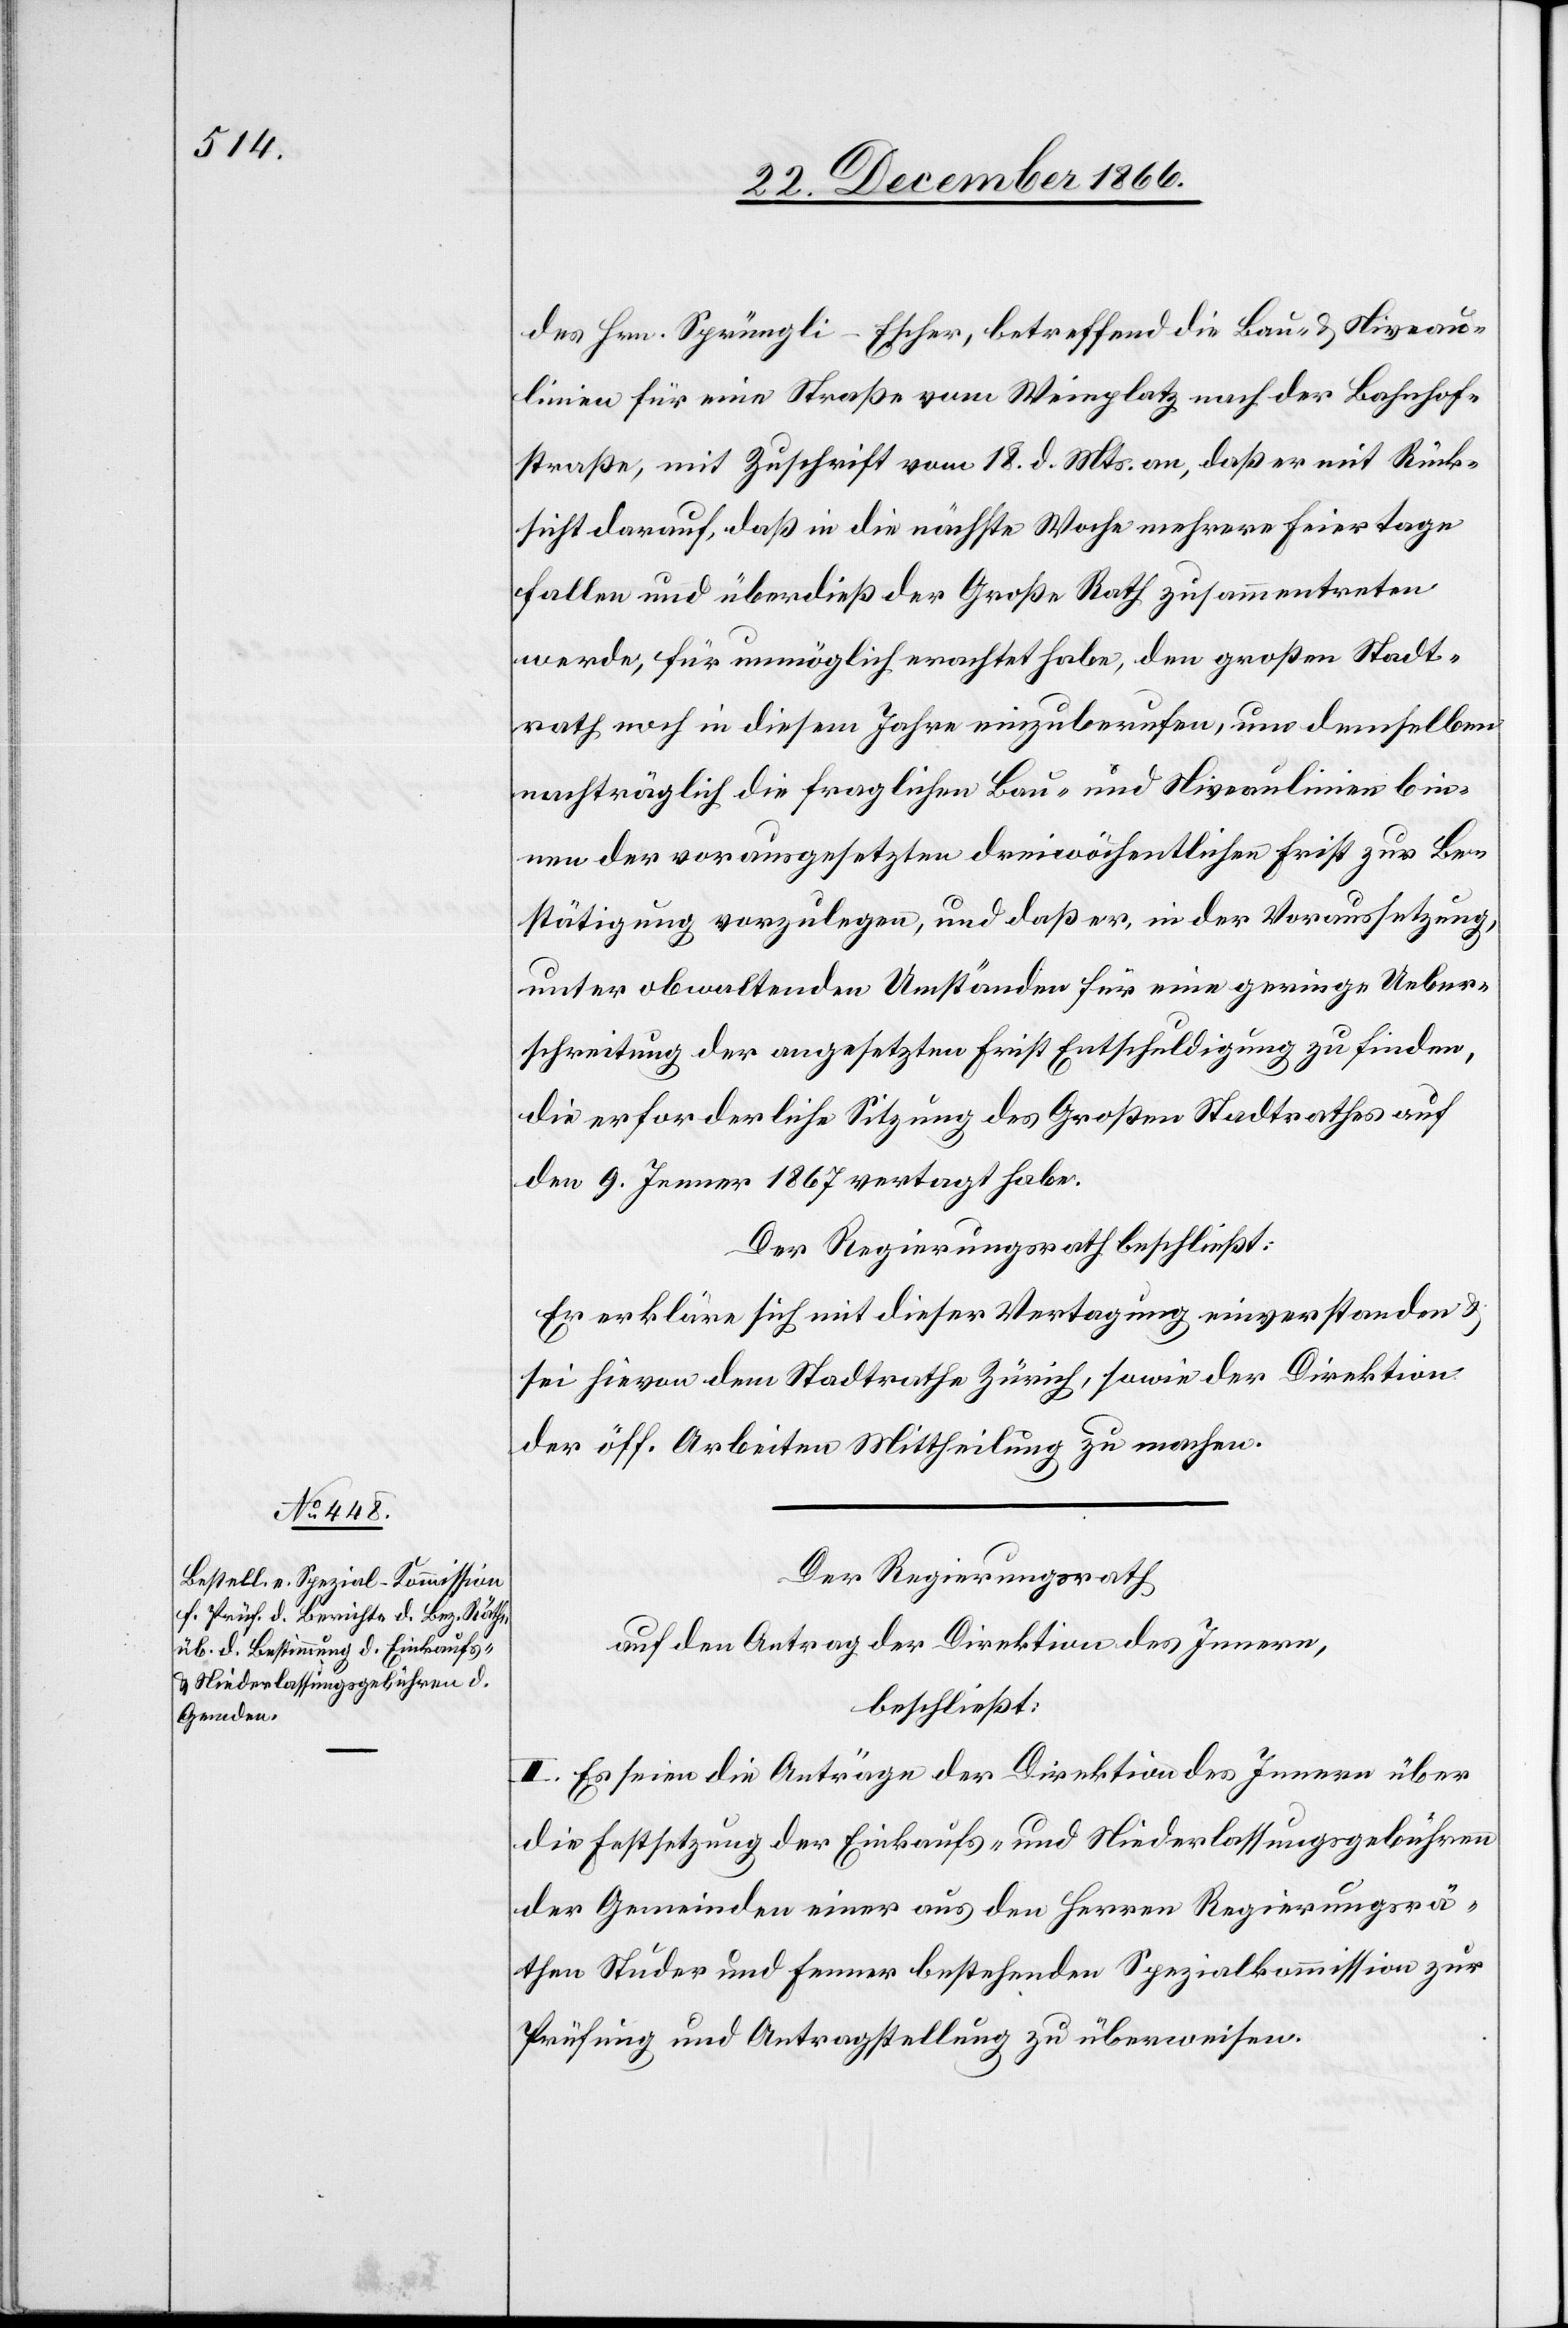
des Hrn. Sprüngli-Escher, betreffend die Bau- u. Niveau¬
linien für eine Straße vom Weinplatz nach der Bahnhof¬
straße, mit Zuschrift vom 18. d. Mts. an, daß er mit Rück¬
sicht darauf, daß in die nächste Woche mehrere Feiertage
fallen und überdieß der Große Rath zusammentreten
werde, für unmöglich erachtet habe, den großen Stadt¬
rath noch in diesem Jahre einzuberufen, um demselben
nachträglich die fraglichen Bau- und Niveaulinien bin¬
nen der vorausgesetzten dreiwöchentlichen Frist zur Be¬
stätigung vorzulegen, und daß er, in der Voraussetzung,
unter obwaltenden Umständen für eine geringe Ueber¬
schreitung der angesetzten Frist Entschuldigung zu finden,
die erforderliche Sitzung des Großen Stadtrathes auf
den 9. Jenner 1867 vertagt habe.
Der Regierungsrath beschließt:
Er erkläre sich mit dieser Vertagung einverstanden u.
sei hievon dem Stadtrathe Zürich, sowie der Direktion
der öff. Arbeiten Mittheilung zu machen.
Der Regierungsrath,
auf den Antrag der Direktion des Innern,
beschließt:
I. Es seien die Anträge der Direktion des Innern über
die Festsetzung der Einkaufs- und Niederlassungsgebühren
der Gemeinden einer aus den Herren Regierungsrä¬
then Studer und Fenner bestehenden Spezialkommission zur
Prüfung und Antragstellung zu überweisen.